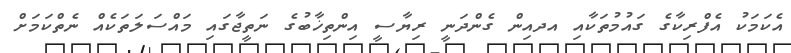
އެކަމަކު އެފްރިކާގެ ގައުމުތަކާއި އދއިން ގެންދަނީ ރިޔާސީ އިންތިޚާބުގެ ނަތީޖާގައި މައްސަލަތަކެއް ނެތްކަމަށް